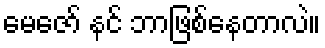
မေဇော် နင် ဘာဖြစ်နေတာလဲ။